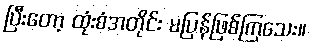
ပြီးတော့ ထုံးစံအတိုင်း မပြန်ဖြစ်ကြသေး။